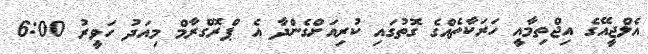
އެލްޖީއޭގެ އިޖްތިމާއީ ހަރަކާތެއްގެ ގޮތުގައި ކުރިއަށްގެންދާ އެ ޕްރޮގްރާމް މިއަދު ހަވީރު 6:00